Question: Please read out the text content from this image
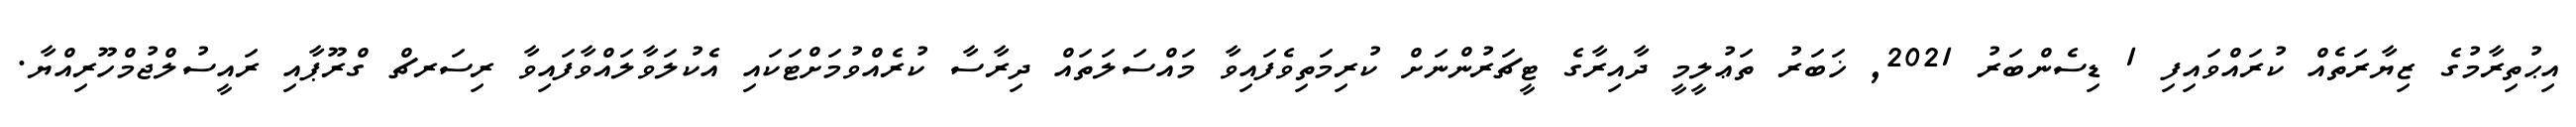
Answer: އިޙުތިރާމުގެ ޒިޔާރަތެއް ކުރައްވައިފި 1 ޑިސެންބަރު 2021, ޚަބަރު ތަޢުލީމީ ދާއިރާގެ ޓީޗަރުންނަށް ކުރިމަތިވެފައިވާ މައްސަލަތައް ދިރާސާ ކުރެއްވުމަށްޓަކައި އެކުލަވާލައްވާފައިވާ ރިސަރޗް ގްރޫޕާއި ރައީސުލްޖުމްހޫރިއްޔާ.